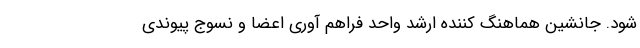
شود. جانشین هماهنگ کننده ارشد واحد فراهم آوری اعضا و نسوج پیوندی